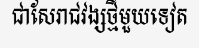
ជាសែរាជវង្សថ្មីមួយទៀត